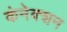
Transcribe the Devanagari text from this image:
कंनेक्शन